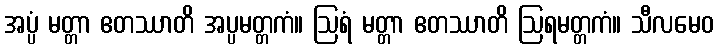
အပ္ပံ မတ္တာ ဧတဿာတိ အပ္ပမတ္တကံ။ ဩရံ မတ္တာ ဧတဿာတိ ဩရမတ္တကံ။ သီလမေဝ